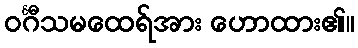
ဝင်္ဂီသမထေရ်အား ဟောထား၏။